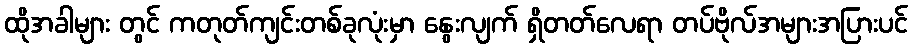
ထိုအခါများ တွင် ကတုတ်ကျင်းတစ်ခုလုံးမှာ နွေးလျက် ရှိတတ်လေရာ တပ်ဗိုလ်အများအပြားပင်